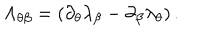
LaTeX: \Lambda _ { \theta \beta } = \left( \partial _ { \theta } \lambda _ { \beta } - \partial _ { \beta } \lambda _ { \theta } \right) .